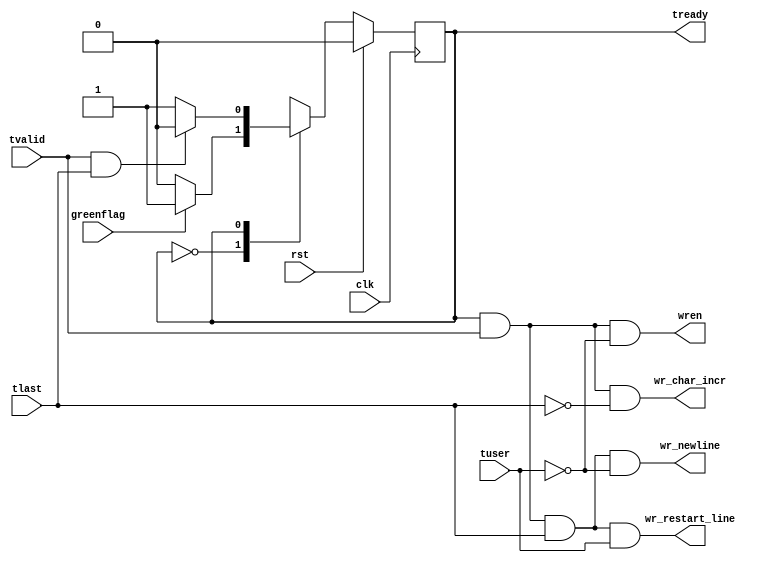
`timescale 1ns / 1ps
//////////////////////////////////////////////////////////////////////////////////
// Company:
// 
// Create Date:
// Design Name: 
// Module Name: writebuf_fsm
// Project Name: EtherBlade.net_v1 
// Target Devices: 
// Tool Versions: 
// Description: 
// 
// Dependencies: 
// 
// Version: 0.01
// Additional Comments:
// 
//////////////////////////////////////////////////////////////////////////////////
module writebuf_fsm(
input clk,				/*Clock*/
input rst,				/*Reset*/
input greenflag,		/*From CountersBlock*/
input tvalid,			/*AXI-in*/   
input tlast,			/*AXI-in*/
input tuser,			/*AXI-in*/
output tready,			/*AXI-out*/
output wren,			/*To BRAM*/
output wr_newline,		/*To CountersBlock*/	
output wr_char_incr,	/*To CountersBlock*/
output wr_restart_line	/*To CountersBlock*/
);

//IDLE (WAIT FOR GREENFLAG) STATE
parameter IDLE = 1'b0;
//WRITE TO BUFFER STATE
parameter WRITE = 1'b1;

reg state;

// Control state machine implementation 
always@(posedge clk)
  begin
    if(rst)
      begin
        state <= IDLE;	/*Initial state is IDLE, wait for GREENFLAG*/
	  end
  else
    begin
     case(state)
       IDLE: if(greenflag) 
            begin 
              state <= WRITE; 
            end
           else
            begin
              state <= IDLE;
            end
       WRITE: if(tvalid && tlast) 
            begin 
              state <= IDLE; 
            end
		   else
            begin
              state <= WRITE;
            end
     endcase
    end
 end

 //"tready" generation
 assign tready = ((state == WRITE));
 //"wren" generation
 assign wren = ((state == WRITE) && (tvalid) && (!tuser));
 //"wr_char_incr" generation
 assign wr_char_incr = ((state == WRITE) && (tvalid) && (!tlast));
 //"wr_newline" generation
 assign wr_newline = ((state == WRITE) && (tvalid) && (tlast) && (!tuser));
 //"wr_restart_line" generation
 assign wr_restart_line = ((state == WRITE) && (tvalid) && (tlast) && (tuser));
 
endmodule